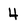
Character: 4